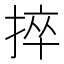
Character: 捽